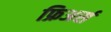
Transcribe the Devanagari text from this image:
फ्रिअर्स